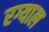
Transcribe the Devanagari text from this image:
रग्याल